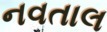
નવતાલ